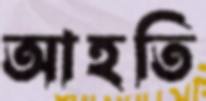
আহতি